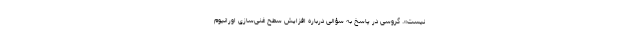
نیست». گروسی در پاسخ به سؤالی درباره افزایش سطح غنی‌سازی اورانیوم